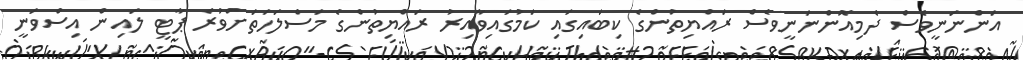
އަންނަނީވެސް ދެމިއޮންނަނީވެސް ރައްޔިތުންގެ ކިބައިގައި ކަމުގައިވާއިރު ރައްޔިތުންގެ މަސްލަހަތަށްވުރެ ޕާޓީ ލައިން އިސްވަނީ